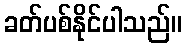
ခတ်ပစ်နိုင်ပါသည်။